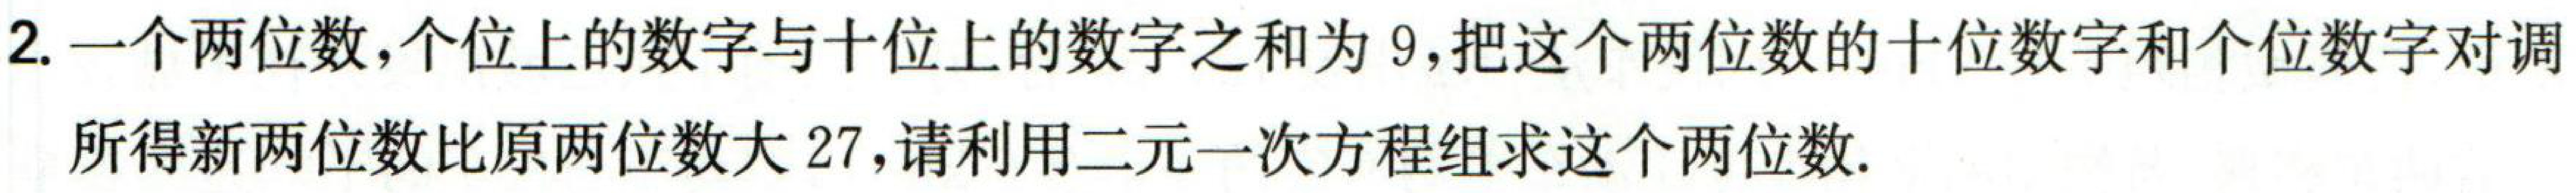
2. 一个两位数，个位上的数字与十位上的数字之和为 \(9\)，把这个两位数的十位数字和个位数字对调

所得新两位数比原两位数大 \(27\)，请利用二元一次方程组求这个两位数.